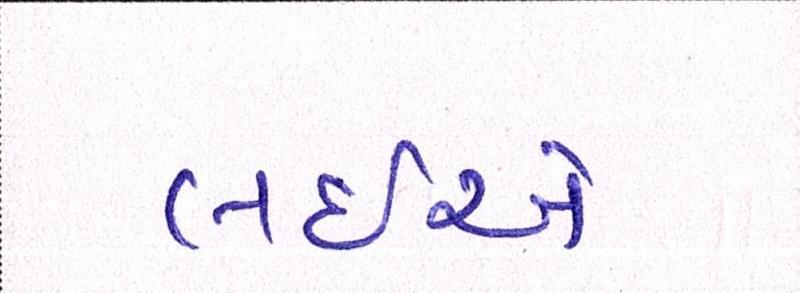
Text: લઇએ